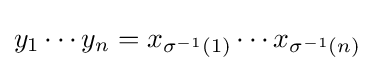
y_{1}\cdots y_{n}=x_{\sigma ^{-1}(1)}\cdots x_{\sigma ^{-1}(n)}